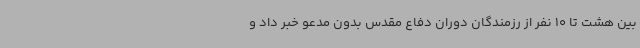
بین هشت تا 10 نفر از رزمندگان دوران دفاع مقدس بدون مدعو خبر داد و